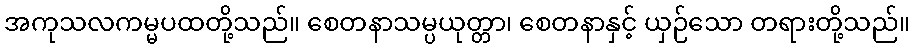
အကုသလကမ္မပထတို့သည်။ စေတနာသမ္ပယုတ္တာ၊ စေတနာနှင့် ယှဉ်သော တရားတို့သည်။